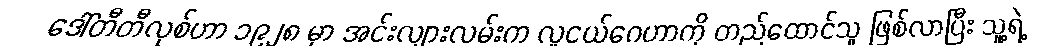
ဒေါ်တီတီလုစ်ဟာ ၁၉၂၈ မှာ အင်းလျားလမ်းက လူငယ်ဂေဟာကို တည်ထောင်သူ ဖြစ်လာပြီး သူ့ရဲ့